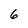
Character: 6